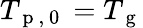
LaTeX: T_{\mathrm{~p~,~0~}}=T_{\mathrm{~g~}}